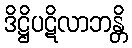
ဒိဋ္ဌိပဋိလာဘန္တိ